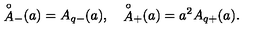
{ \mathop { A } ^ { \circ } } _ { - } ( a ) = A _ { q - } ( a ) , \quad { \mathop { A } ^ { \circ } } _ { + } ( a ) = a ^ { 2 } A _ { q + } ( a ) .